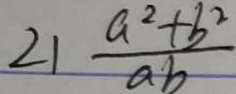
2 1 \frac { a ^ { 2 } + b ^ { 2 } } { a b }